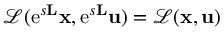
\mathcal { L } ( { \mathrm e } ^ { s \mathbf { L } } \mathbf { x } , { \mathrm e } ^ { s \mathbf { L } } \mathbf { u } ) = \mathcal { L } ( \mathbf { x } , \mathbf { u } )